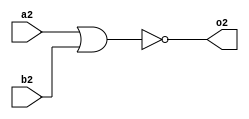
module nor_gate(output o2,input a2,b2);
nor nor_gate(o2,a2,b2);
endmodule